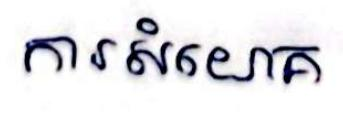
ការសំយោគ